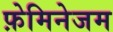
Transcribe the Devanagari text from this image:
फ़ेमिनेजम